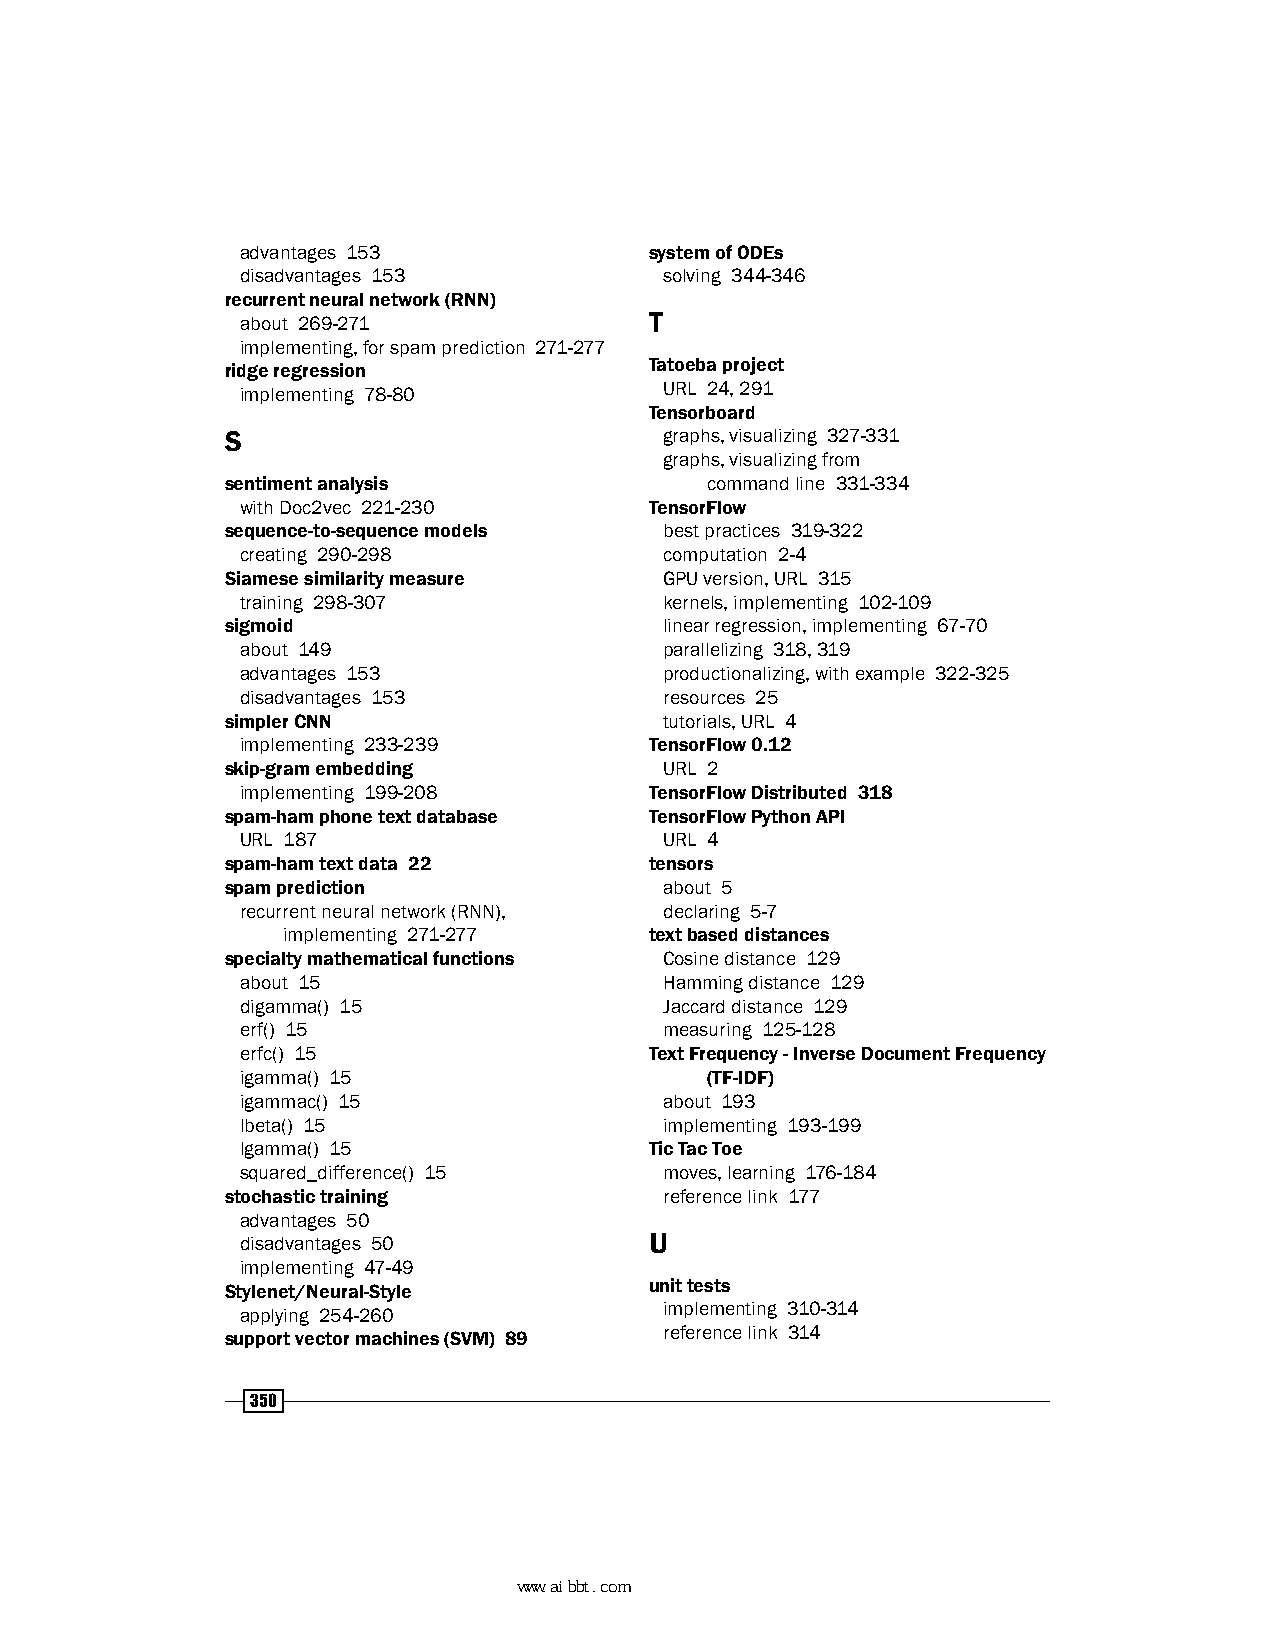
advantages 153             system of ODEs
 disadvantages 153           solving 344-346
 recurrent neural network (RNN)
 about 269-271              T
 implementing, for spam prediction 271-277
 ridge regression            Tatoeba project
 implementing 78-80          URL 24, 291
 Tensorboard
 S                            graphs, visualizing 327-331
 graphs, visualizing from
 sentiment analysis              command line 331-334
 with Doc2vec 221-230       TensorFlow
 sequence-to-sequence models  best practices 319-322
 creating 290-298            computation 2-4
 Siamese similarity measure   GPU version, URL 315
 training 298-307            kernels, implementing 102-109
 sigmoid                      linear regression, implementing 67-70
 about 149                   parallelizing 318, 319
 advantages 153              productionalizing, with example 322-325
 disadvantages 153           resources 25
 simpler CNN                  tutorials, URL 4
 implementing 233-239       TensorFlow 0.12
 skip-gram embedding          URL 2
 implementing 199-208       TensorFlow Distributed 318
 spam-ham phone text database TensorFlow Python API
 URL 187                     URL 4
 spam-ham text data 22       tensors
 spam prediction              about 5
 recurrent neural network (RNN), declaring 5-7
 implementing 271-277    text based distances
 specialty mathematical functions Cosine distance 129
 about 15                    Hamming distance 129
 digamma() 15                Jaccard distance 129
 erf() 15                    measuring 125-128
 erfc() 15                  Text Frequency - Inverse Document Frequency
 igamma() 15                    (TF-IDF)
 igammac() 15                about 193
 lbeta() 15                  implementing 193-199
 lgamma() 15                Tic Tac Toe
 squared_difference() 15     moves, learning 176-184
 stochastic training          reference link 177
 advantages 50
 disadvantages 50           U
 implementing 47-49
 Stylenet/Neural-Style       unit tests
 applying 254-260            implementing 310-314
 support vector machines (SVM) 89 reference link 314
 350
 www.aibbt.com 让未来触手可及